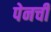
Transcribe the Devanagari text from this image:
पेनची